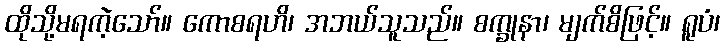
ထိုသို့မရကဲ့သော်။ ကောစရဟိ၊ အဘယ်သူသည်။ စက္ခုနာ၊ မျက်စိဖြင့်။ ရူပံ၊